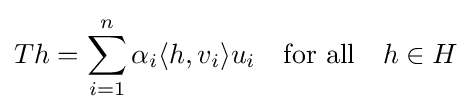
Th=\sum _{i=1}^{n}\alpha _{i}\langle h,v_{i}\rangle u_{i}\quad {\mbox{for all}}\quad h\in H